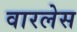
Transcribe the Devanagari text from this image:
वारलेस